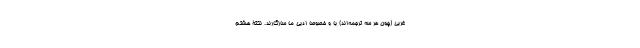
غربی (چون هر سه ترجمه‌اند) با و خصوصا ادبی ما سازگارند. نکتۀ هشتم